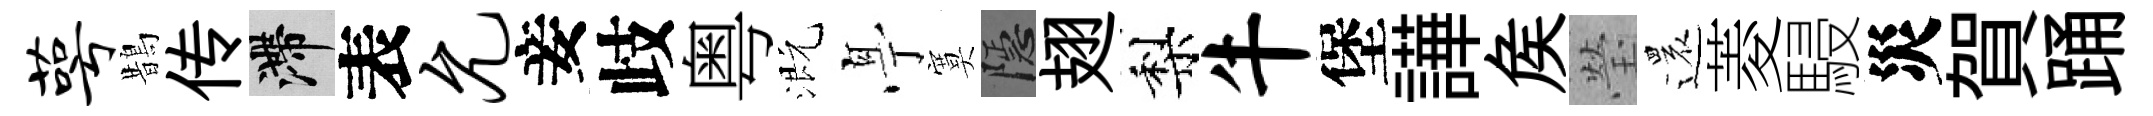
萼鵲传滯表允妾歧粤溉𠅘寞隱翅梨牛堡譁矦瑩還菱駸災賀踊